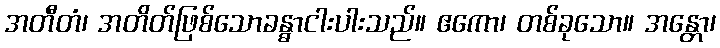
အတီတံ၊ အတိတ်ဖြစ်သောခန္ဓာငါးပါးသည်။ ဧကော၊ တစ်ခုသော။ အန္တော၊